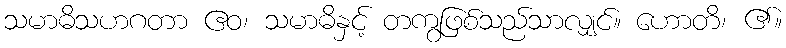
သမာဓိသဟဂတာ ဧဝ၊ သမာဓိနှင့် တကွဖြစ်သည်သာလျှင်။ ဟောတိ၊ ၏။